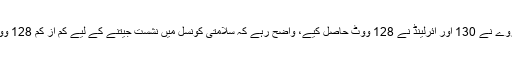
حالیہ انتخاب میں ناروے نے 130 اور آئرلینڈ نے 128 ووٹ حاصل کیے، واضح رہے کہ سلامتی کونسل میں نشست جیتنے کے لیے کم از کم 128 ووٹ درکار ہوتے ہیں۔